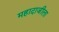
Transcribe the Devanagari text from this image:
महादाजीला